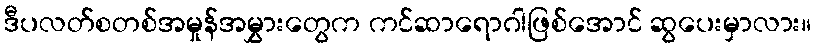
ဒီပလတ်စတစ်အမှုန်အမွှားတွေက ကင်ဆာရောဂါဖြစ်အောင် ဆွပေးမှာလား။